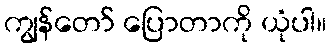
ကျွန်တော် ပြောတာကို ယုံပါ။